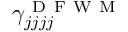
\gamma _ { j j j j } ^ { \mathrm { ~ D ~ F ~ W ~ M ~ } }